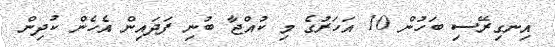
އިނގިރޭސި ބަހުން 10 އަހަރުގެ މި ކުއްޖާ ބުނި ފަދައިން އެހެން ކުދިން